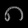
Digit: ၈